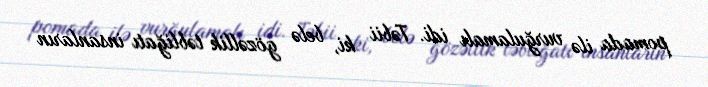
pomada ilə vurğulamalı idi. Təbii ki, belə gözəllik təbliğatı insanların